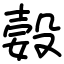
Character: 㜌